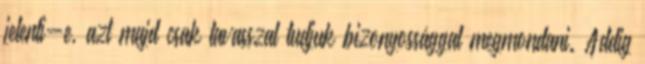
jelenti-e, azt majd csak tavasszal tudjuk bizonyossággal megmondani. Addig